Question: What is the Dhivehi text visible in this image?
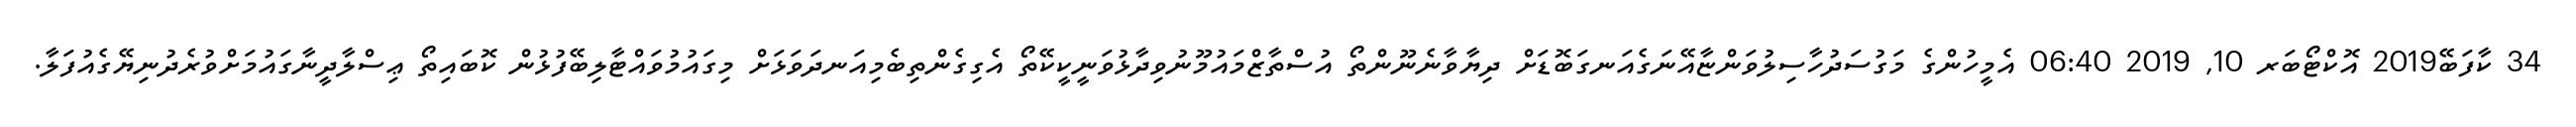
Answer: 34 ކާފަބޭ2019 އޮކްޓޯބަރ 10, 2019 06:40 އެމީހުންގެ މަގުސަދުހާސިލުވަންޏާއޭނަގެއަނގަބޮޑަށް ދިޔާވާނެނޫންތޯ އުސްތާޒްމައުމޫނުވިދާޅުވަނީކީކޭތޯ އެގިގެންތިބެމިއަނދަވަޅަށް މިގައުމުވައްޓާލިބޭފުޅުން ކޮބައިތޯ ޢިސްލާދީނާގައުމަށްވުރެދުނިޔޭގެއުފަލާ.